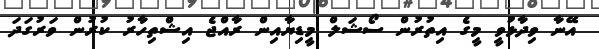
އޭނާ ވިދާޅުވީ މީގެ އިތުރުން ސޯޝަލް މީޑިޔާއިން ރާއްޖެ އިޝްތިހާރު ކުރުން ވަރުގަދަ